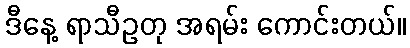
ဒီနေ့ ရာသီဥတု အရမ်း ကောင်းတယ်။